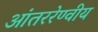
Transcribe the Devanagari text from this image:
आंतररेण्वीय